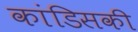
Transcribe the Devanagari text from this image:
कांडिसकी